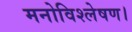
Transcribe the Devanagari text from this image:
मनोविश्लेषण।